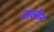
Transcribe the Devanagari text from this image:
टालीन